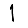
Digit: 1